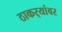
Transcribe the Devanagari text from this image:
ठाकर्‍यांवर